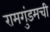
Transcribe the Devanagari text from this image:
रामगुंडमची